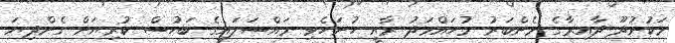
މަކުނުދޫ ދާއިރާގެ މެންބަރު މުހައްމަދު ރާއީ ހުށަހެޅި މައްސަލައިގެ ބަހުސް ކުރިޔަށް ގެންދިޔަ